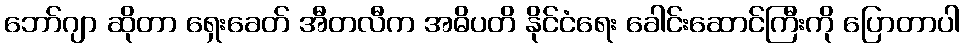
ဘော်ဂျာ ဆိုတာ ရှေးခေတ် အီတလီက အဓိပတိ နိုင်ငံရေး ခေါင်းဆောင်ကြီးကို ပြောတာပါ